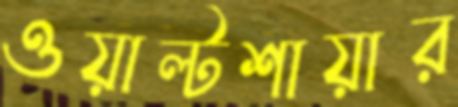
ওয়াল্টশায়ার